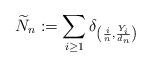
LaTeX: \begin{align*} \widetilde{N}_n:=\sum_{i\geq 1}\delta_{\left(\frac{i}{n},\frac{{Y}_{i}}{d_n}\right)} \end{align*}